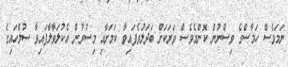
ނަމަވެސް ހަމާސްގެ ވިސްނުން ކޮންމެވެސް ވަރަކަށް ބަދަލުވެފައިވާ ކަމަށާއި މިސުރުން އެކުލަވާލާފައިވާ ސުލްހައިގެ